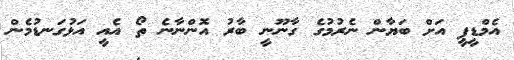
އެމްޑީޕީ އަށް ބަޔާން ނެރުމުގެ ގާނޫނީ ބާރު އޮންނާނެ ތޯ އެއީ އަޅުގަނޑުމެން